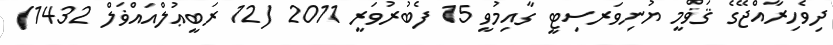
ދިވެހިރާއްޖޭގެ ޤަޥްމީ ޔުނިވަރސިޓީ ގާއިމުވީ 15 ފެބުރުވަރީ 2011 (12 ރަބީޢުލްއައްޥަލް 1432)